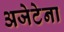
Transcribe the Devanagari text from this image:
अजेटेना